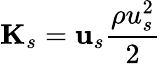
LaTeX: \mathbf{K}_{s}=\mathbf{u}_{s}\frac{\rho u_{s}^{2}}{2}